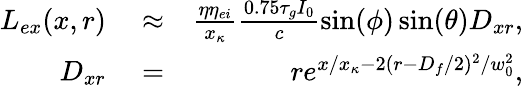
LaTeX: \begin{array}{rlr}{L_{ex}(x,r)}&{{}\approx}&{\frac{\eta\eta_{ei}}{x_{\kappa}}\frac{0.75\tau_{g}I_{0}}{c}\sin(\phi)\sin(\theta)D_{xr},}\\ {D_{xr}}&{{}=}&{re^{x/x_{\kappa}-2(r-D_{f}/2)^{2}/w_{0}^{2}},}\end{array}